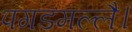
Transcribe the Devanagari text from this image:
पगडमल्लै।